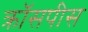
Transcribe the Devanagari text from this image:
क्रॉसपीस